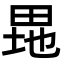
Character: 𤱲